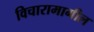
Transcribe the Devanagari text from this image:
विचारामागील